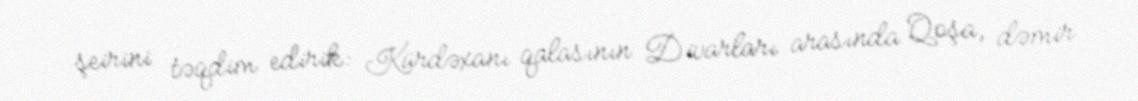
şeirini təqdim edirik: Kürdəxanı qalasının Divarları arasında Qoşa, dəmir